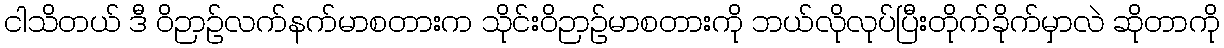
ငါသိတယ် ဒီ ဝိဉာဉ်လက်နက်မာစတားက သိုင်းဝိဉာဉ်မာစတားကို ဘယ်လိုလုပ်ပြီးတိုက်ခိုက်မှာလဲ ဆိုတာကို